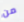
من